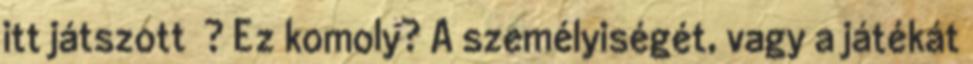
itt játszott ? Ez komoly? A személyiségét, vagy a játékát